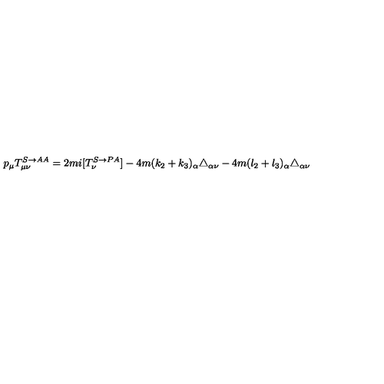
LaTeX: p _ { \mu } T _ { \mu \nu } ^ { S \rightarrow A A } = 2 m i [ T _ { \nu } ^ { S \rightarrow P A } ] - 4 m ( k _ { 2 } + k _ { 3 } ) _ { \alpha } \triangle _ { \alpha \nu } - 4 m ( l _ { 2 } + l _ { 3 } ) _ { \alpha } \triangle _ { \alpha \nu }